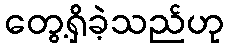
တွေ့ရှိခဲ့သည်ဟု